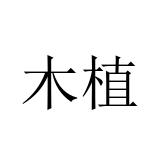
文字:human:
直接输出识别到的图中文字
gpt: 木植